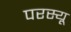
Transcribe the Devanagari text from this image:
परस्यू